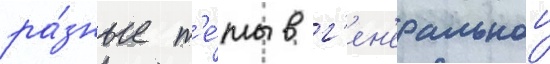
ра́зные т'е́мы в г'ен'еральнои